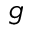
g